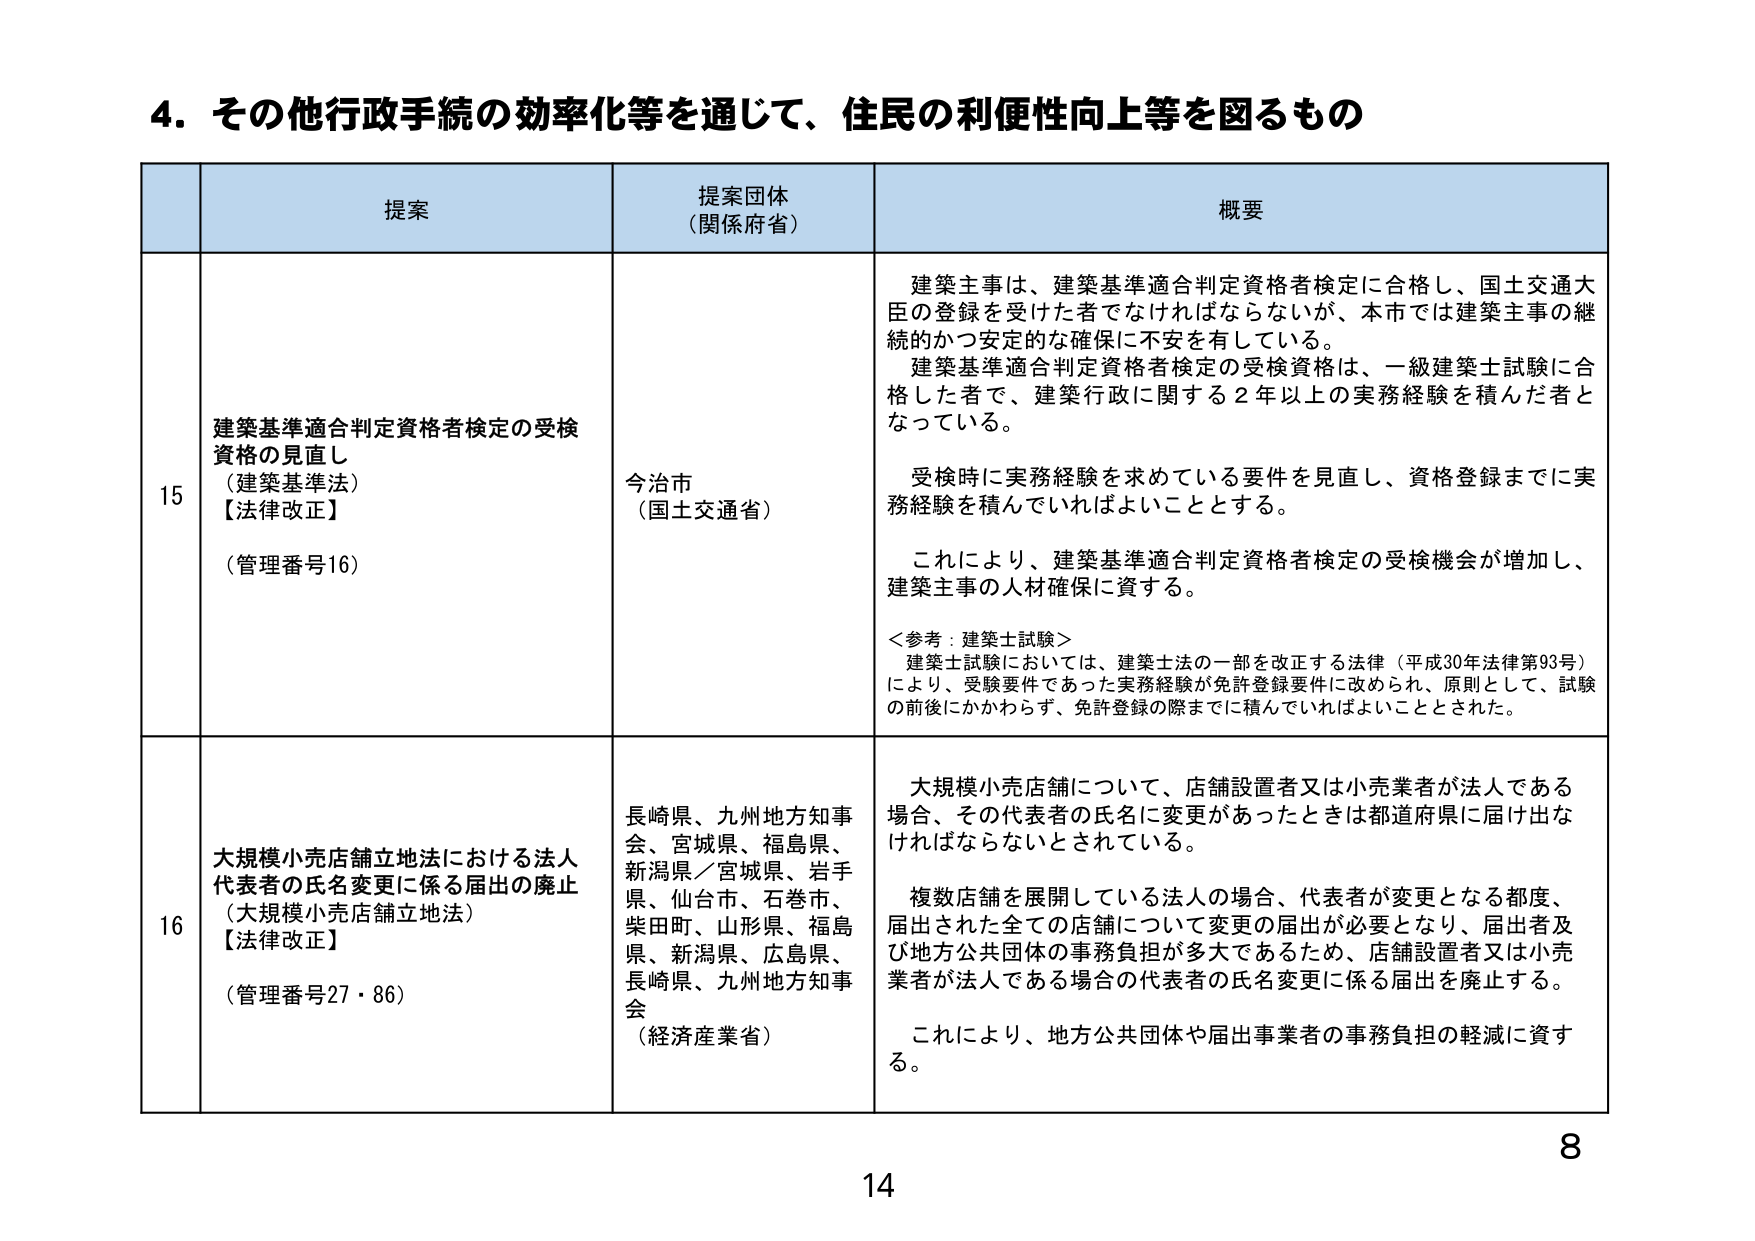
4. その他行政手続の効率化等を通じて、住民の利便性向上等を図るもの

提案 提案団体 （関係府省） 概要

15 建築基準適合判定資格者検定の受検 資格の見直し （建築基準法） 【法律改正】 （管理番号16） 今治市 （国土交通省） 建築主事は、建築基準適合判定資格者検定に合格し、国土交通大臣の登録を受けた者でなければならないが、本市では建築主事の継続的かつ安定的な確保に不安を有している。 建築基準適合判定資格者検定の受検資格は、一級建築士試験に合格した者で、建築行政に関する2年以上の実務経験を積んだ者となっている。 受検時に実務経験を求めている要件を見直し、資格登録までに実務経験を積んでいればよいこととする。 これにより、建築基準適合判定資格者検定の受検機会が増加し、建築主事の人材確保に資する。 ＜参考：建築士試験＞ 建築士試験においては、建築士法の一部を改正する法律（平成30年法律第93号）により、受験要件であった実務経験が免許登録要件に改められ、原則として、試験の前後いかかわらず、免許登録の際までに積んでいればよいこととされた。

16 大規模小売店舗立地法における法人 代表者の氏名変更に係る届出の廃止 （大規模小売店舗立地法） 【法律改正】 （管理番号27・86） 長崎県、九州地方知事会、宮城県、福島県、新潟県／宮城県、岩手県、仙台市、石巻市、柴田町、山形県、福島県、新潟県、広島県、長崎県、九州地方知事会 （経済産業省） 大規模小売店舗について、店舗設置者又は小売業者が法人である場合、その代表者の氏名に変更があったときは都道府県に届け出なければならないとされている。 複数店舗を展開している法人の場合、代表者が変更となる都度、届出された全ての店舗について変更の届出が必要となり、届出者及び地方公共団体の事務負担が多大であるため、店舗設置者又は小売業者が法人である場合の代表者の氏名変更に係る届出を廃止する。 これにより、地方公共団体や届出事業者の事務負担の軽減に資する。

8
14